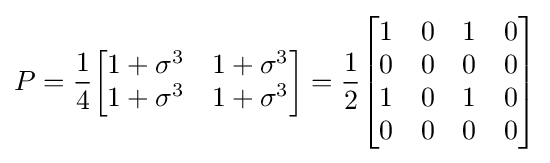
P={\frac {1}{4}}{\begin{bmatrix}1+\sigma ^{3}&1+\sigma ^{3}\\1+\sigma ^{3}&1+\sigma ^{3}\end{bmatrix}}={\frac {1}{2}}{\begin{bmatrix}1&0&1&0\\0&0&0&0\\1&0&1&0\\0&0&0&0\end{bmatrix}}